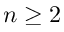
n \geq 2